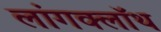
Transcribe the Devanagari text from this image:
लांगक्लॉथ